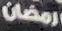
رمضان